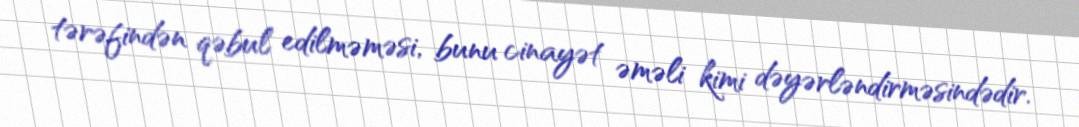
tərəfindən qəbul edilməməsi, bunu cinayət əməli kimi dəyərləndirməsindədir.